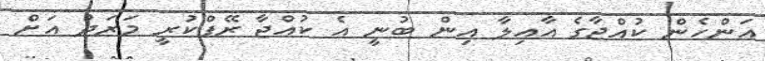
އަންހެން ކުއްޖާގެ އާއިލާ އިން ބުނީ އެ ކުއްޖާ ރޭޕްކުރީ މަރަދު އަށް